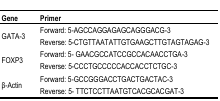
| Gene | Primer |
 | --- | --- |
 | GATA-3 | Forward: 5-AGCCAGGAGAGCAGGGACG-3Reverse: 5-CTGTTAATATTGTGAAGCTTGTAGTAGAG-3 |
 | FOXP3 | Forward: 5-GAACGCCATCCGCCACAACCTGA-3Reverse: 5-CCCTGCCCCCACCACCTCTGC-3 |
 | β-Actin | Forward: 5-GCCGGGACCTGACTGACTAC-3Reverse: 5-TTCTCCTTAATGTCACGCACGAT-3 |